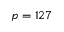
p = 1 2 7